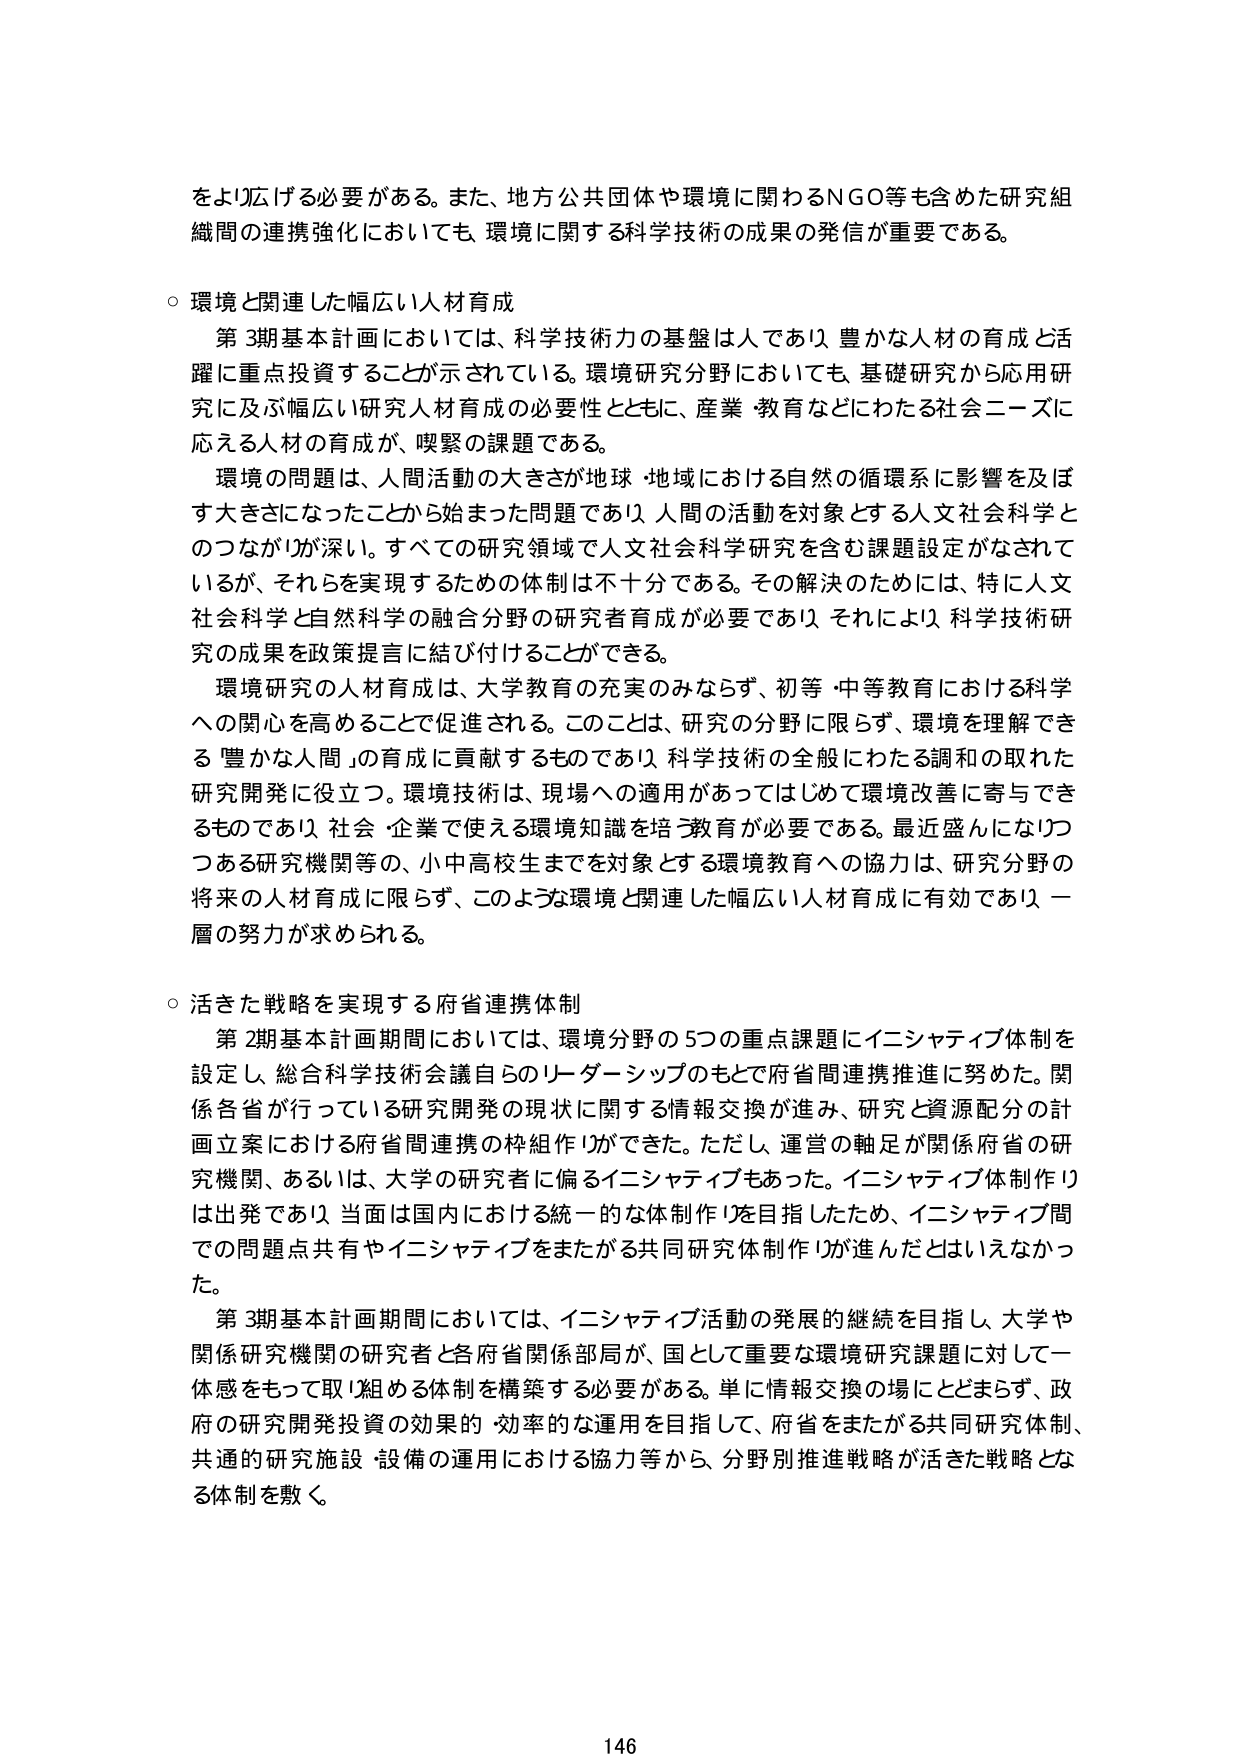
をより広げる必要がある。また、地方公共団体や環境に関わるNGO等も含めた研究組織間の連携強化においても、環境に関する科学技術の成果の発信が重要である。

○ 環境と関連した幅広い人材育成

　第3期基本計画においては、科学技術力の基盤は人であり、豊かな人材の育成と活躍に重点投資することが示されている。環境研究分野においても、基礎研究から応用研究に及ぶ幅広い研究人材育成の必要性とともに、産業・教育などにわたる社会ニーズに応える人材の育成が、喫緊の課題である。

　環境の問題は、人間活動の大きさが地球・地域における自然の循環系に影響を及ぼす大きさになったことから始まった問題であり、人間の活動を対象とする人文社会科学とのつながりが深い。すべての研究領域で人文社会科学研究を含む課題設定がなされているが、それらを実現するための体制は不十分である。その解決のためには、特に人文社会科学と自然科学の融合分野の研究者育成が必要であり、それにより、科学技術研究の成果を政策提言に結び付けることができる。

　環境研究の人材育成は、大学教育の充実のみならず、初等・中等教育における科学への関心を高めることで促進される。このことは、研究の分野に限らず、環境を理解できる「豊かな人間」の育成に貢献するものであり、科学技術の全般にわたる調和の取れた研究開発に役立つ。環境技術は、現場への適用があってはじめて環境改善に寄与できるものであり、社会・企業で使える環境知識を培う教育が必要である。最近盛んになりつつある研究機関等の、小中高校生までを対象とする環境教育への協力は、研究分野の将来の人材育成に限らず、このような環境と関連した幅広い人材育成に有効であり、一層の努力が求められる。

○ 活きた戦略を実現する府省連携体制

　第2期基本計画期間においては、環境分野の5つの重点課題にイニシャティブ体制を設定し、総合科学技術会議自らのリーダーシップのもとで府省間連携推進に努めた。関係各省が行っている研究開発の現状に関する情報交換が進み、研究と資源配分の計画立案における府省間連携の枠組作りができた。ただし、運営の軸足が関係府省の研究機関、あるいは、大学の研究者に偏るイニシャティブもあった。イニシャティブ体制作りは出発であり、当面は国内における統一的な体制作りを目指したため、イニシャティブ間での問題点共有やイニシャティブをまたがる共同研究体制作りが進んだとはいえなかった。

　第3期基本計画期間においては、イニシャティブ活動の発展的継続を目指し、大学や関係研究機関の研究者と各府省関係部局が、国として重要な環境研究課題に対して一体感をもって取り組める体制を構築する必要がある。単に情報交換の場にとどまらず、政府の研究開発投資の効果的・効率的な運用を目指して、府省をまたがる共同研究体制、共通の研究施設・設備の運用における協力等から、分野別推進戦略が活きた戦略となる体制を敷く。

146